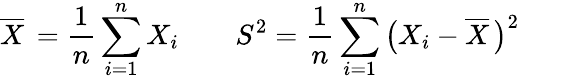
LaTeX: {\overline{{X}}}\, ={\frac{1}{n}}\sum_{i=1}^{n}X_{i}\qquad S^{2}={\frac{1}{n}}\sum_{i=1}^{n}{\big(}X_{i}-{\overline{{X}}}\, {\big)}^{2}\qquad